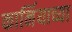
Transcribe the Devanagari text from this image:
कार्नियाच्या